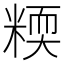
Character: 𥻟